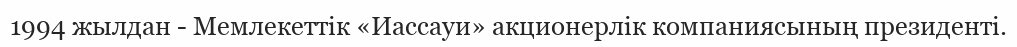
1994 жылдан - Мемлекеттік «Иассауи» акционерлік компаниясының президенті.